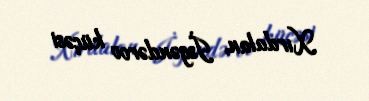
Xırdalan, İsgəndərov küçəsi